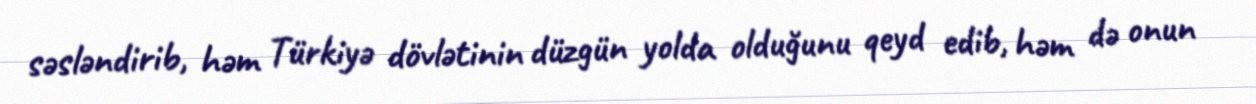
səsləndirib, həm Türkiyə dövlətinin düzgün yolda olduğunu qeyd edib, həm də onun